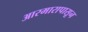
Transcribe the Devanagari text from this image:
आरमारापासून